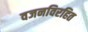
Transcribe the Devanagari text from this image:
वजनविरहित